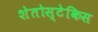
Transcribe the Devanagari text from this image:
शेतोस्टेकिस